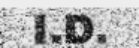
I.D.